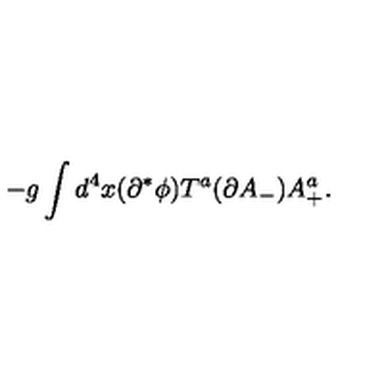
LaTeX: - g \int d ^ { 4 } x ( \partial ^ { * } \phi ) T ^ { a } ( \partial A _ { - } ) A _ { + } ^ { a } .